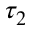
\tau _ { 2 }